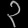
Digit: ၃